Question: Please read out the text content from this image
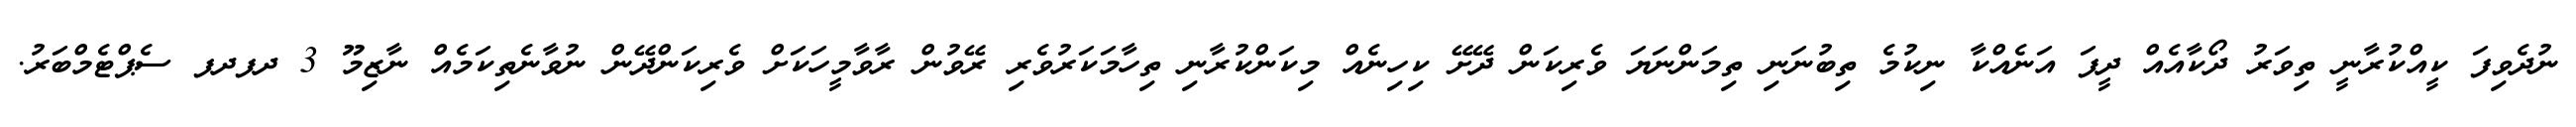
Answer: ނުދެވިފަ ކީއްކުރާނީ ތިވަރު ދޯކާއެއް ދީފަ އަނެއްކާ ނިކުމެ ތިބުނަނި ތިމަންނަޔަ ވެރިކަން ދޭށޭ ކިހިނެއް މިކަންކުރާނި ތިހާމަކަރުވެރި ރޭވުން ރާވާމީހަކަށް ވެރިކަންދޭން ނުވާނެތިކަމެއް ނާޒިމޫ 3 ދފދފ ސެޕްޓެމްބަރު.